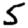
Digit: 5